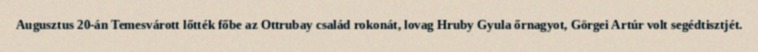
Augusztus 20-án Temesvárott lőtték főbe az Ottrubay család rokonát, lovag Hruby Gyula őrnagyot, Görgei Artúr volt segédtisztjét.